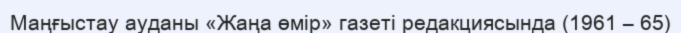
Маңғыстау ауданы «Жаңа өмір» газеті редакциясында (1961 – 65)